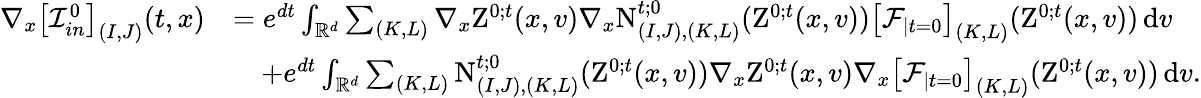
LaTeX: \begin{array}{rl}{\nabla_{x}\left[\mathcal{I}_{in}^{0}\right]_{(I,J)}(t,x)}&{=e^{dt}\int_{\mathbb R^{d}}\sum_{(K,L)}\nabla_{x}\mathrm{Z}^{0;t}(x,v)\nabla_{x}\mathrm{N}_{(I,J),(K,L)}^{t;0}(\mathrm{Z}^{0;t}(x,v))\left[\mathcal{F}_{\mid t=0}\right]_{(K,L)}(\mathrm{Z}^{0;t}(x,v))\, \mathrm{d}v}\\ &{\quad+e^{dt}\int_{\mathbb R^{d}}\sum_{(K,L)}\mathrm{N}_{(I,J),(K,L)}^{t;0}(\mathrm{Z}^{0;t}(x,v))\nabla_{x}\mathrm{Z}^{0;t}(x,v)\nabla_{x}\left[\mathcal{F}_{\mid t=0}\right]_{(K,L)}(\mathrm{Z}^{0;t}(x,v))\, \mathrm{d}v.}\end{array}